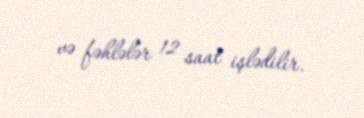
və fəhlələr 12 saat işlədilir.